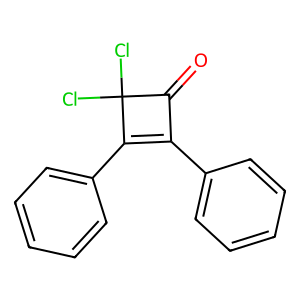
SMILES: O=C1C(c2ccccc2)=C(c2ccccc2)C1(Cl)Cl
Inhibits HIV replication: No